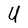
Character: U